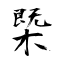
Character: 㮣